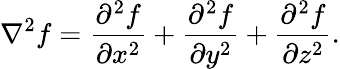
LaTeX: \nabla^{2}f={\frac{\partial^{2}f}{\partial x^{2}}}+{\frac{\partial^{2}f}{\partial y^{2}}}+{\frac{\partial^{2}f}{\partial z^{2}}}.